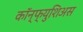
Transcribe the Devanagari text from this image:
कॉन्फ्युशिअस